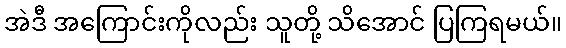
အဲဒီ အကြောင်းကိုလည်း သူတို့ သိအောင် ပြကြရမယ်။